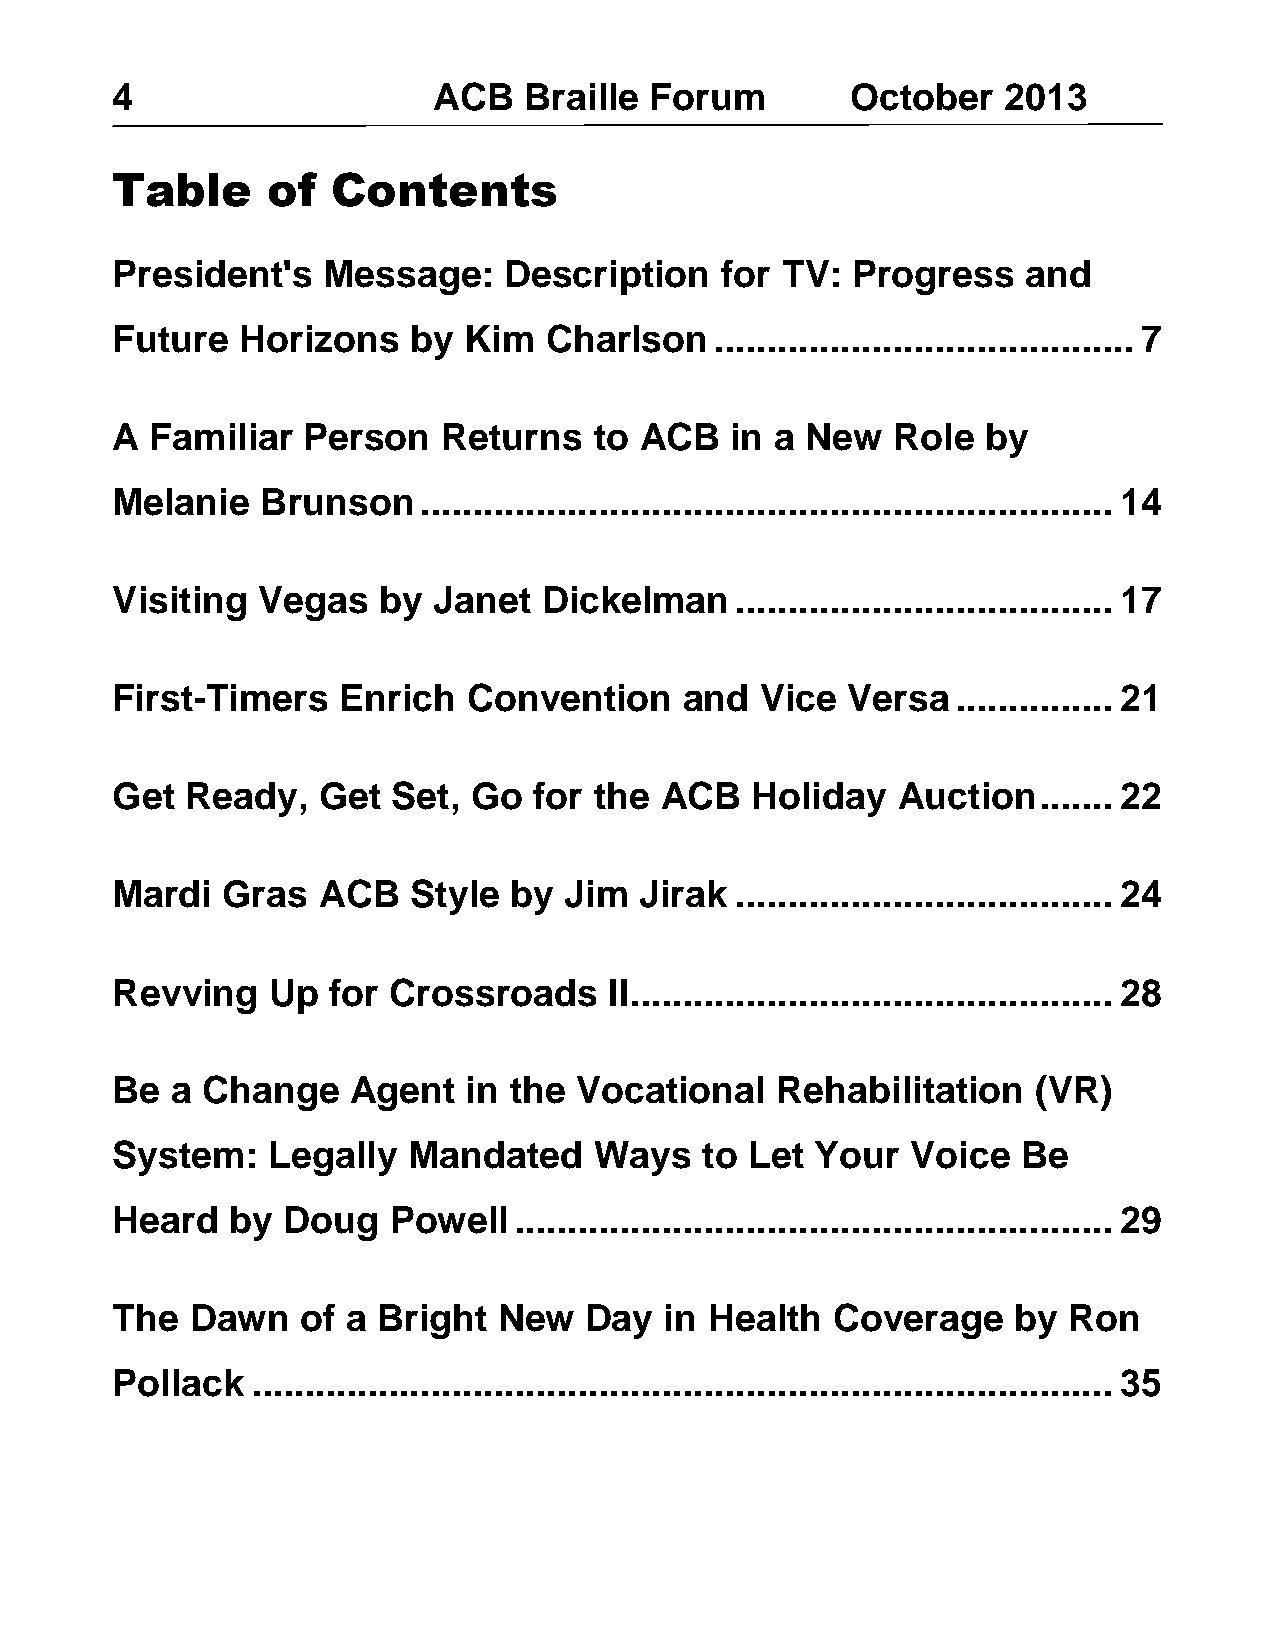
4                     ACB   Braille Forum        October   2013
 Table      of  Contents
 President's   Message:    Description    for TV: Progress    and
 Future   Horizons   by  Kim  Charlson   ........................................ 7
 A  Familiar  Person   Returns   to ACB   in a New   Role  by
 Melanie   Brunson    .................................................................. 14
 Visiting  Vegas   by  Janet  Dickelman    .................................... 17
 First-Timers   Enrich   Convention    and  Vice  Versa  ............... 21
 Get  Ready,   Get  Set, Go  for the  ACB   Holiday  Auction   ....... 22
 Mardi   Gras  ACB   Style  by Jim  Jirak  .................................... 24
 Revving    Up  for Crossroads    II .............................................. 28
 Be  a Change    Agent   in the Vocational   Rehabilitation    (VR)
 System:    Legally  Mandated    Ways   to  Let Your  Voice   Be
 Heard   by  Doug   Powell  ......................................................... 29
 The   Dawn   of a Bright  New   Day  in Health  Coverage    by  Ron
 Pollack   .................................................................................. 35